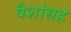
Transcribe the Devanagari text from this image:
पैशांसह